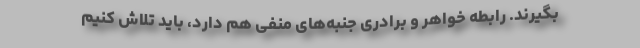
بگیرند. رابطه خواهر و برادری جنبه‌های منفی هم دارد، باید تلاش کنیم